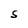
Character: S